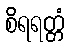
စိရရတ္တံ